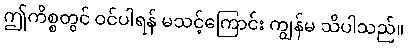
ဤကိစ္စတွင် ဝင်ပါရန် မသင့်ကြောင်း ကျွန်မ သိပါသည်။